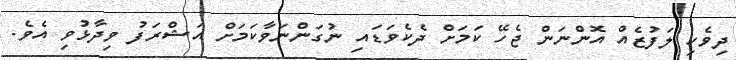
ދިވެހި ލަފުޒެއް އޮންނަން ޖެހޭ ކަމަށް ދެކެވަޑައި ނުގަންނަވާކަމަށް އަޝްރަފު ވިދާޅުވި އެވެ.